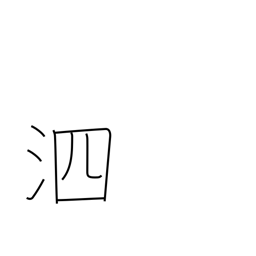
Meaning: snivel